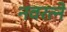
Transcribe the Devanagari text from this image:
नवरत्ने